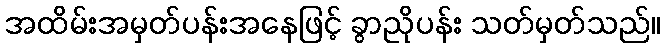
အထိမ်းအမှတ်ပန်းအနေဖြင့် ခွာညိုပန်း သတ်မှတ်သည်။